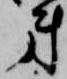
第